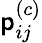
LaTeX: \mathsf{p}_{ij}^{(c)}